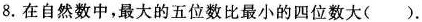
8.在自然数中，最大的五位数比最小的四位数大().